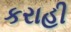
કરાહી